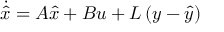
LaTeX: { \dot { \hat { x } } } = A { \hat { x } } + B u + L \left( y - { \hat { y } } \right)